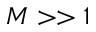
M > > 1